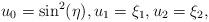
LaTeX: \begin{align*} u_0= \sin^2(\eta), u_1 = \xi_1, u_2 = \xi_2, \end{align*}